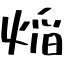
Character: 㷔